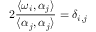
2 { \frac { \langle \omega _ { i } , \alpha _ { j } \rangle } { \langle \alpha _ { j } , \alpha _ { j } \rangle } } = \delta _ { i , j }